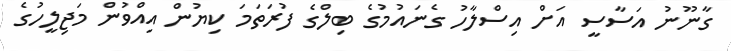
ގާނޫނު އަސާސީ އަށް އިސްލާހު ގެނައުމުގެ ބިލްގެ ފުރަތަމަ ކިޔުން އިއްވުން މަޖިލީހުގެ